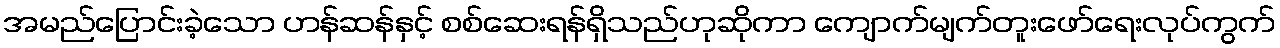
အမည်ပြောင်းခဲ့သော ဟန်ဆန်နှင့် စစ်ဆေးရန်ရှိသည်ဟုဆိုကာ ကျောက်မျက်တူးဖော်ရေးလုပ်ကွက်